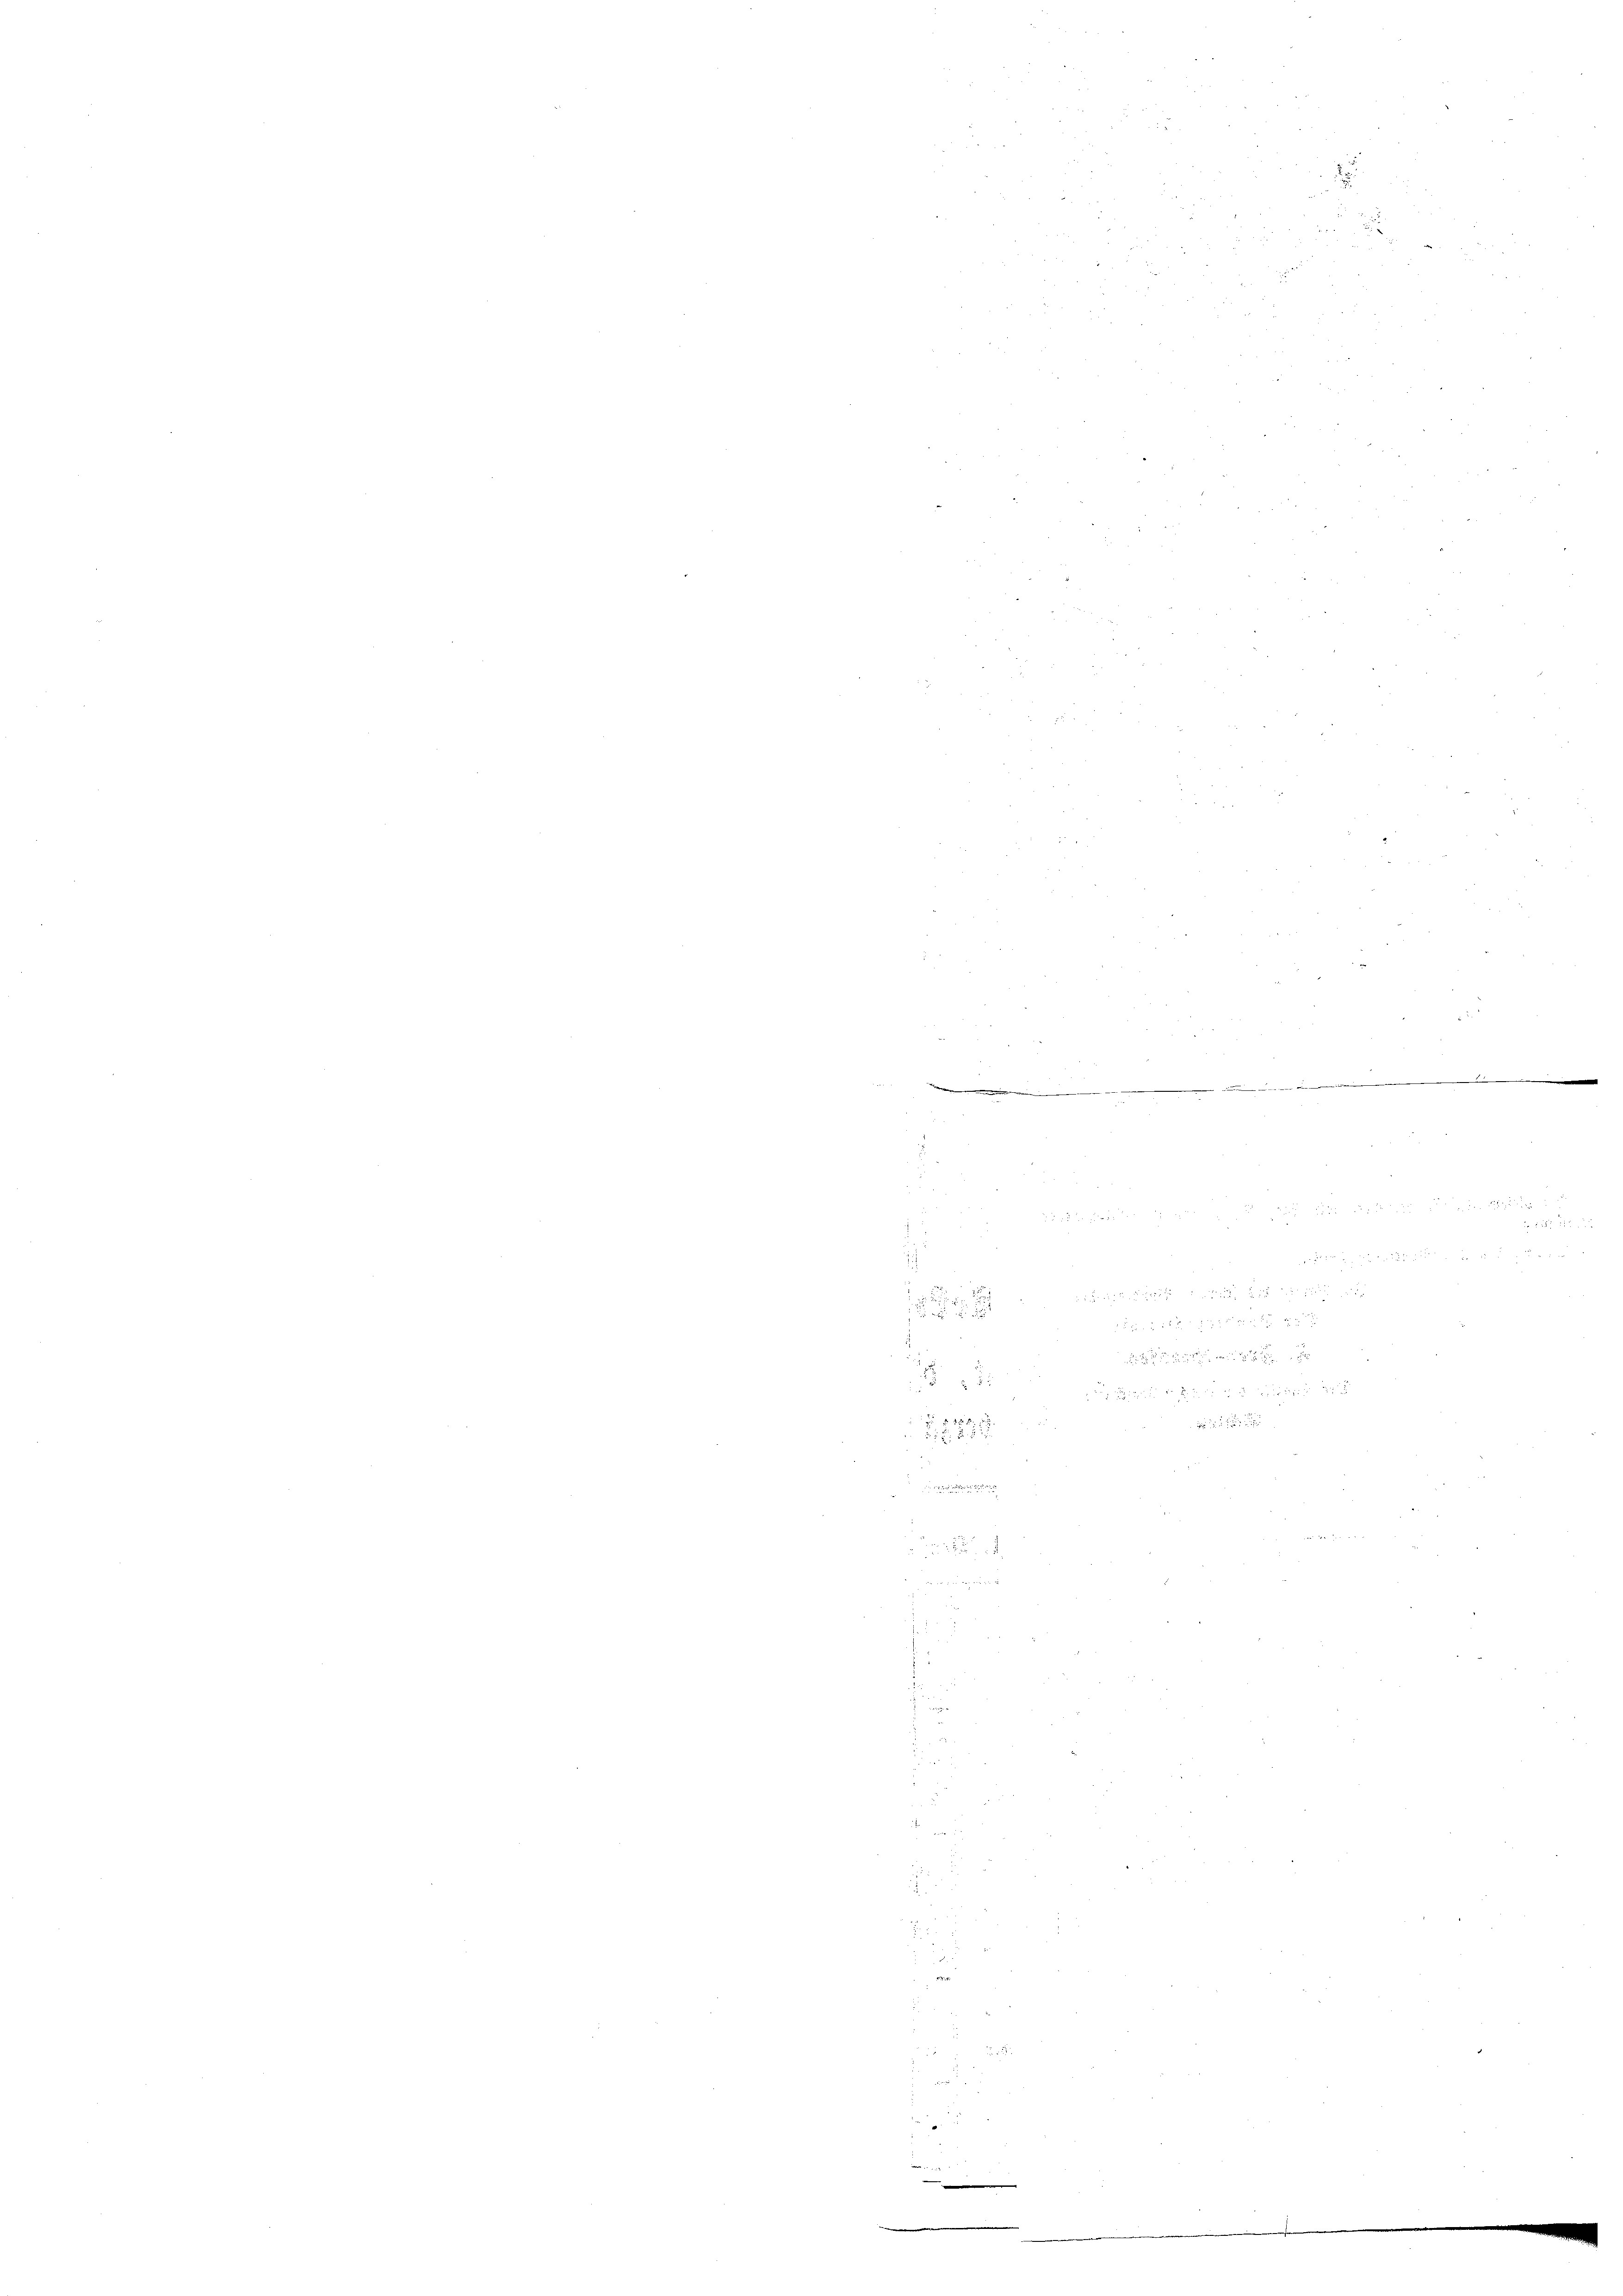
.
.

A

5

d
 f 0 x

 24

.
252

.

die

n